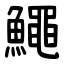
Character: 鱦